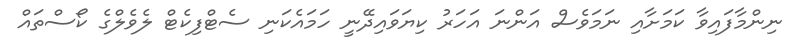
ނިންމާފައިވާ ކަމަށާއި ނަމަވެސް އަންނަ އަހަރު ކިޔަވައިދޭނީ ހަމައެކަނި ސެޓްފިކެޓް ލެވެލްގެ ކޯސްތައް